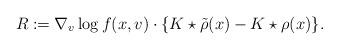
LaTeX: \begin{align*}R:=\nabla_v \log f(x, v) \cdot \{ K\star \tilde{\rho}(x) -K\star\rho(x)\}.\end{align*}